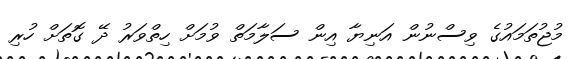
މުޖުތަމައުގެ ވިސްނުން އަނިޔާ އިން ސަލާމަތް ވުމަށް ހިތްވަރު ދޭ ގޮތަށް ހުރި